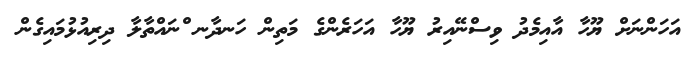
އަހަންނަށް ޔޫހާ އާއިމެދު ވިސްނޭއިރު ޔޫހާ އަހަރެންގެ މަތިން ހަނދާނ ްނައްތާލާ ދިރިއުޅުމައިގެން